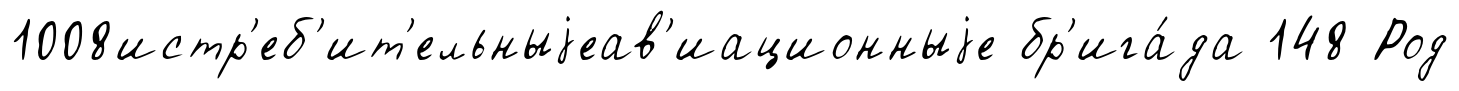
1008истр'еб'ит'ельныjеав'иационныjе бр'ига́да 148 Род